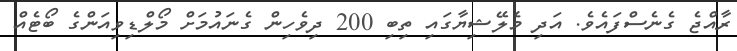
ރާއްޖެ ގެނެސްފައެވެ. އަދި މެލޭޝިޔާގައި ތިބި 200 ދިވެހިން ގެނައުމަށް މޯލްޑިވިއަންގެ ބޯޓެއް